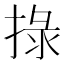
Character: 𢮑